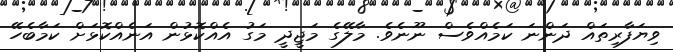
ވިޔަފާރިތައް ދަންނަ ކަމެއްވެސް ނޫނެވެ. މާލޭގެ މަޖީދީ މަގު އެއްކޮޅުން އަނެއްކޮޅަށް ކަމާބެހޭ